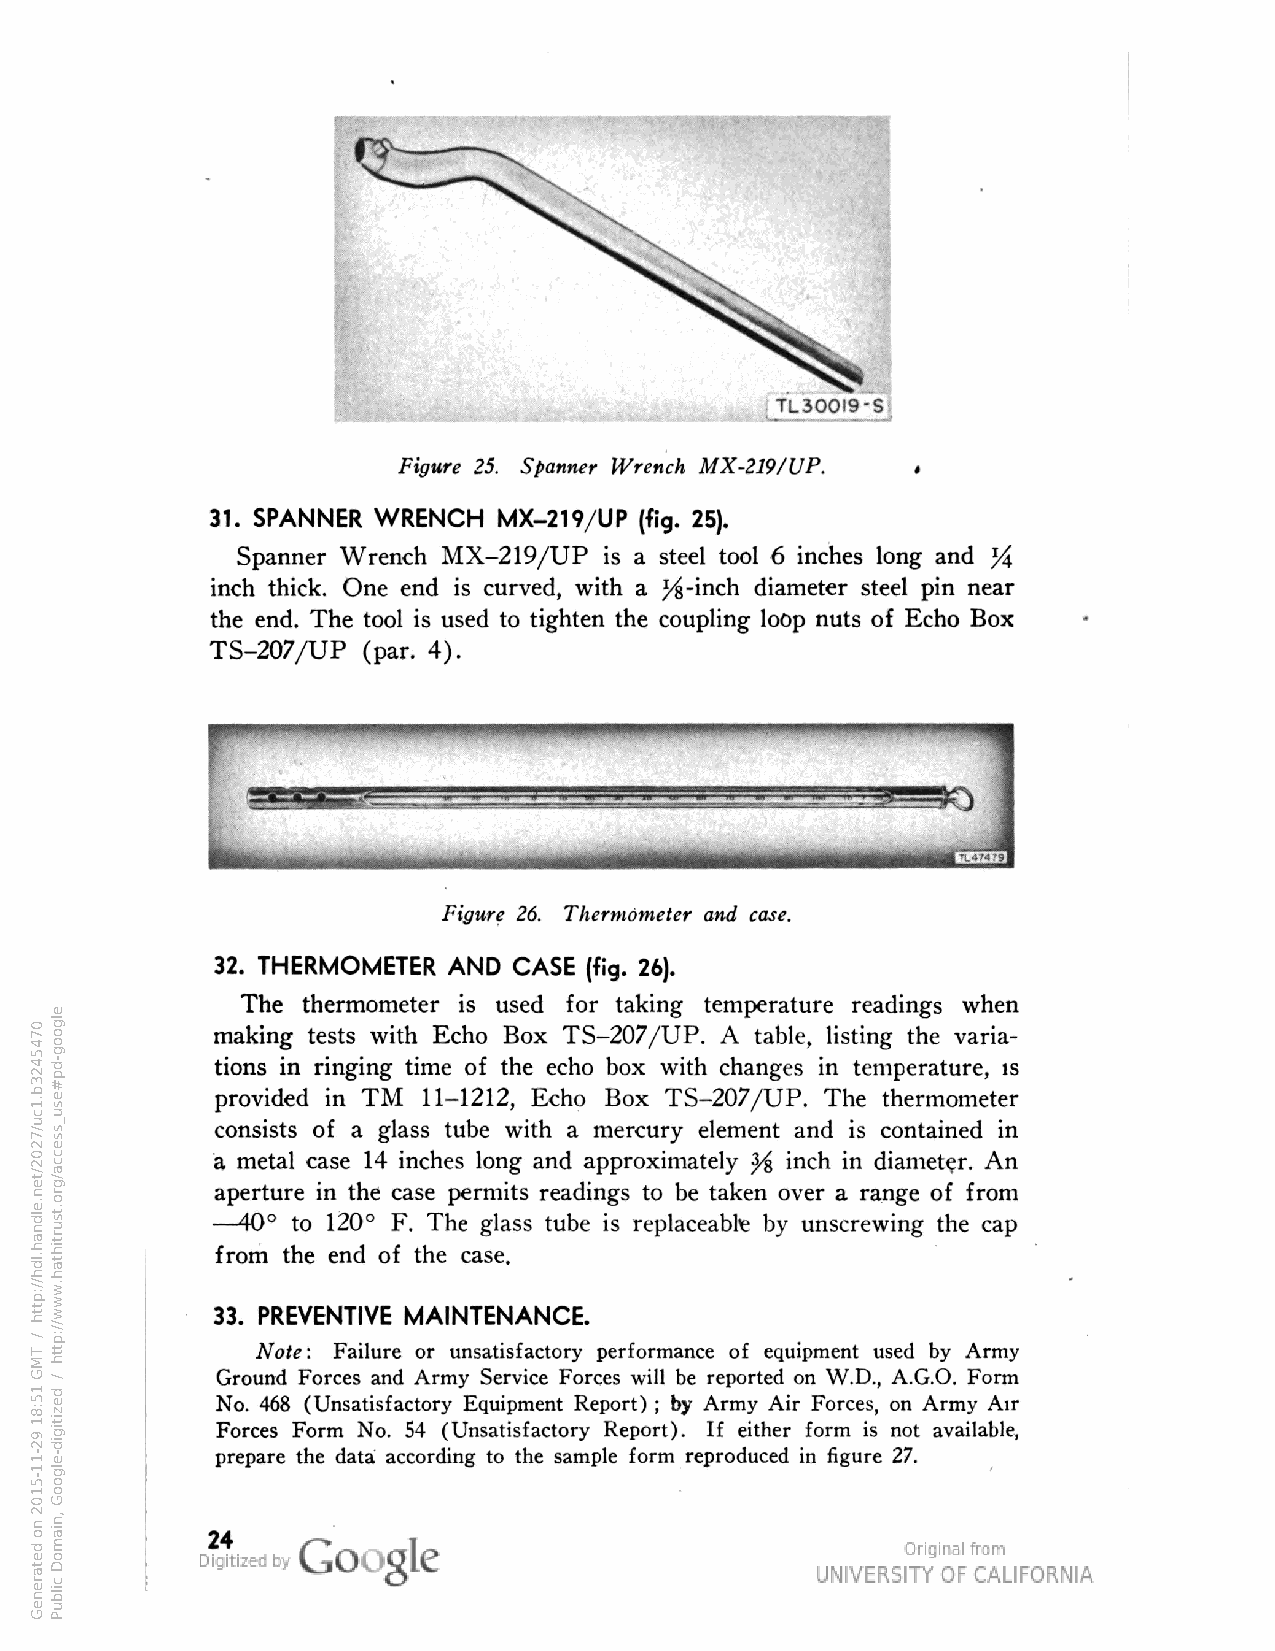
TL300I9-S
 Figure 25. Spanner Wrench MX-219/UP. »
 31. SPANNER WRENCH MX-219/UP (fig. 25).
 Spanner Wrench MX-219/UP is a steel tool 6 inches long and J4
 inch thick. One end is curved, with a J^-inch diameter steel pin near
 the end. The tool is used to tighten the coupling loop nuts of Echo Box
 TS-207/UP (par. 4).
 r-
 Figure 26. Thermometer and case.
 32. THERMOMETER AND CASE (fig. 26).
 The thermometer is used for taking temperature readings when
 making tests with Echo Box TS-207/UP. A table, listing the varia
 tions in ringing time of the echo box with changes in temperature, is
 provided in TM 11-1212, Echo Box TS-207/UP. The thermometer
 consists of a glass tube with a mercury element and is contained in
 a metal case 14 inches long and approximately inch in diameter. An
 aperture in the case permits readings to be taken over range of from
 —
 40° to 120° F. The glass tube replaceable by unscrewing the cap
 from the end of the case.
 33. PREVENTIVE MAINTENANCE.
 Note: Failure or unsatisfactory performance of equipment used by Army
 Ground Forces and Army Service Forces will be reported on W.D., A.G.O. Form
 No. 468 (Unsatisfactory Equipment Report) by Army Air Forces, on Army Air
 Forces Form No. 54 (Unsatisfactory Report). If either form not available,
 prepare the data according to the sample form reproduced in figure 27.
 24
 0745423b.1cu/7202/ten.eldnah.ldh//:ptth
 /
 TMG
 15:81
 92-11-5102
 no
 detareneG
 elgoog-dp#esu_ssecca/gro.tsurtihtah.www//:ptth
 /
 dezitigid-elgooG
 ,niamoD
 cilbuP
 si
 ;
 %yf
 a
 si